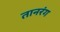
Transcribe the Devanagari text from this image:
तानरंग